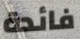
فائدة